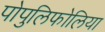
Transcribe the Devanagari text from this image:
पोपुलिफोलिया